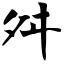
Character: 舛